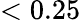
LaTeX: <0.25